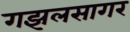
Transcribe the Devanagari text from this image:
गझलसागर